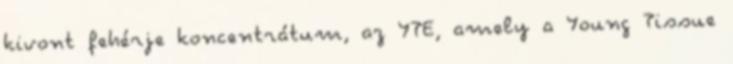
kivont fehérje koncentrátum, az YTE, amely a Young Tissue